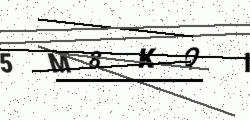
Text: 5M8KQI